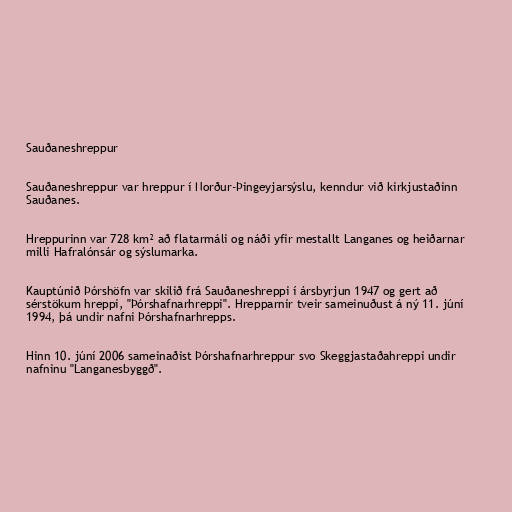
Sauðaneshreppur

Sauðaneshreppur var hreppur í Norður-Þingeyjarsýslu, kenndur við kirkjustaðinn
Sauðanes.

Hreppurinn var 728 km² að flatarmáli og náði yfir mestallt Langanes og heiðarnar
milli Hafralónsár og sýslumarka.

Kauptúnið Þórshöfn var skilið frá Sauðaneshreppi í ársbyrjun 1947 og gert að
sérstökum hreppi, "Þórshafnarhreppi". Hrepparnir tveir sameinuðust á ný 11. júní
1994, þá undir nafni Þórshafnarhrepps.

Hinn 10. júní 2006 sameinaðist Þórshafnarhreppur svo Skeggjastaðahreppi undir
nafninu "Langanesbyggð".